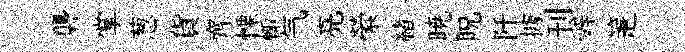
礱掌葱貨齊慄輙气亮縈緖暁貺阡據刊辤箑